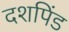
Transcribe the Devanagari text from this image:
दशपिंड